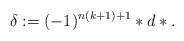
LaTeX: \begin{align*} \delta:=(-1)^{n(k+1)+1}\ast d\ast.\end{align*}